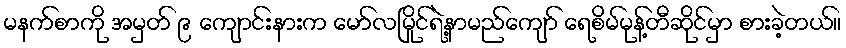
မနက်စာကို အမှတ် ၉ ကျောင်းနားက မော်လမြိုင်ရဲ့နာမည်ကျော် ရေစိမ်မုန့်တီဆိုင်မှာ စားခဲ့တယ်။